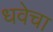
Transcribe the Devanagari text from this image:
धवेचा